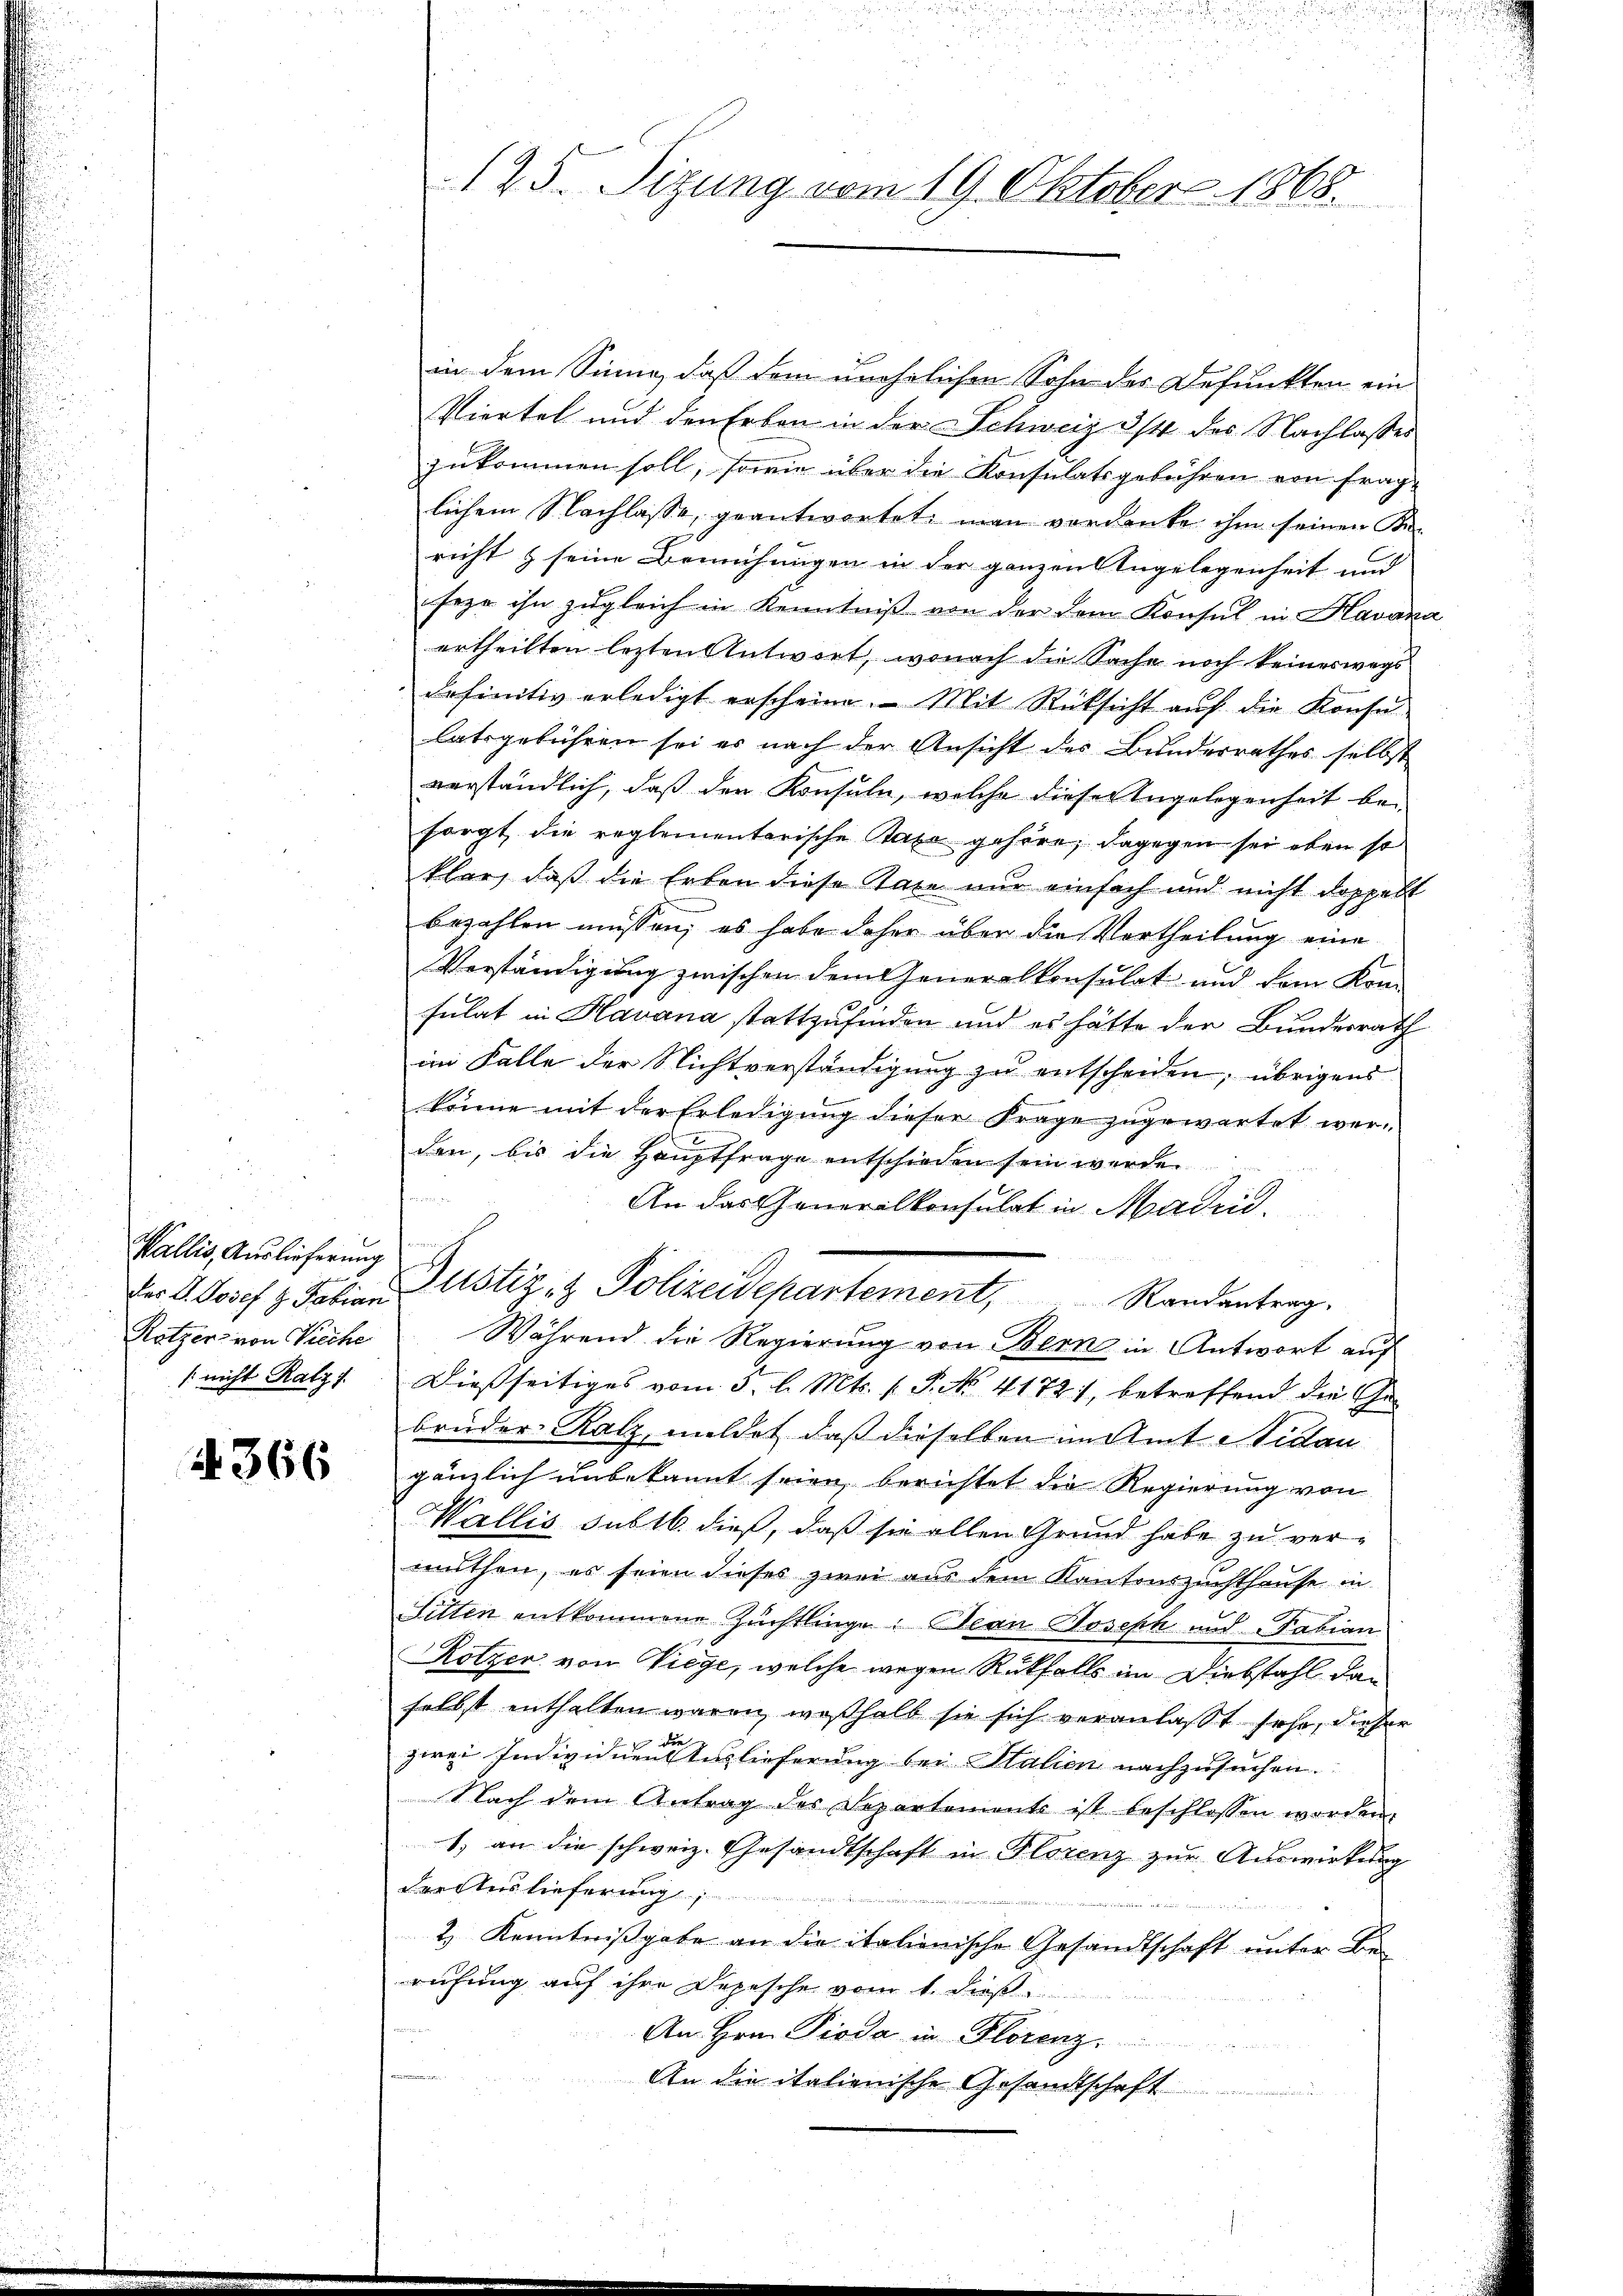
Wallis, Auslieferung
[nicht Ratzf

366

125. Sizung vom 19. Oktober 1868.

in dem Sinne, daß dem unehelichen Sohn des Defunkten ein
Viertel und den Erben in der Schweiz 3/4 des Nachlasses
zukommen soll, sowie über die Konsulatsgebühren von fraglichem Nachlasse, geantwortet man verdanke ihm seinen Bericht & seine Bemühungen in der ganzen Engelegenheit und
seer ihn zugleich in Kenntniß von der dem Konsul in Havana
ertheilten lezten Antwort, wonach die Sache noch keineswegs
definitiv erledigt erscheine. Mit Rücksicht auf die Konsulatsgebühren sei es nach der Ansicht des Bunderrathes selbst
verständlich, daß der Konsuln, welche dieser Angelegenheit besorgt die reglementarische Taxe gehöre; dagegen sei eben so
klar, daß die Erben diese Taxe nur einfach und nicht doppell
bezahlen müssen; es habe daher über die Vortheilung eine
Verständigung zwischen dem Generalkonsulat und dem Komsulat in Havana stattzufinden und es hätte der Bundesrath
im Falle der Nichtverständigung zu entscheiden; übrigens
könne mit der Erledigung dieser Frage zugewartet werden, bis die Hauptfrage entschieden sein werde.
An das Generalkonsulat in Madrid.
Der H. Josef z. Fabianustiz- & Polizeidepartement, Randentrag.
Ratzer von Pieche Während die Regierung von Bern in Antwort auf
Dießseitiges vom 5. d. Mts. f. P. No. 4172), betreffend die Gebruder-Ratz, mildet, daß dieselben im Amt Nidau
gänzlich unbekannt seien, berichtet die Regierung von
Wallis sub 16. dieß, daß sie allen Grund habe zu vermuthen, es seien dieses zwei aus dem Kantonszuchthause in
Litten entkommene Züchtlinge. Nean Joseph und Fabian
Rötzer von Viege, welche wegen Rückfalls im Diebstahl dan
selbst enthalten waren, weßhalb sie sich veranlasst sehe, dieser
zwei Individuen Auslieferung bei Stalien nachzusuchen.
Nach dem Antrag des Departements ist beschlossen worden.
1) an die schweiz. Gesandtschaft in Florenz zur Auswirkung
der Auslieferung
 den an den
2) Kenntnißgabe an die italienische Gesandtschaft unter Be-
rufung auf ihre Depesche vom 1. dieß
An Hrn. Pioda in Florenz
An die italienische Gesandtschaft